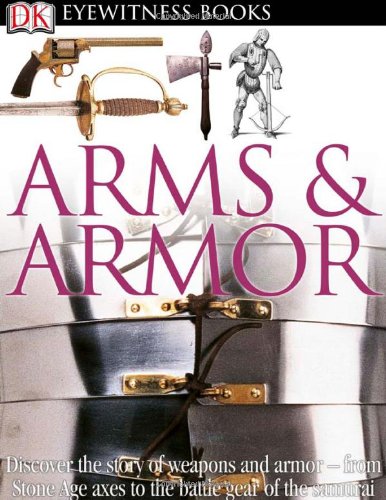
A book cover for Arms and Armor (DK Eyewitness Books); DK Publishing; Children's Books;